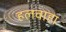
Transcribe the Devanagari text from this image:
हलवाहा